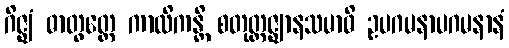
ဂိဇ္ဈံ ဓာတွတ္ထေ ကာလိကန္တိ စတုတ္ထဇ္ဈာနသမာဓိ ဥပဂမနာပဂမနာနံ